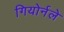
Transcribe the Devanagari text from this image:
गियोर्नले